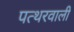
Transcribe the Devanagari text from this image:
पत्थरवाली